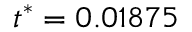
t ^ { * } = 0 . 0 1 8 7 5